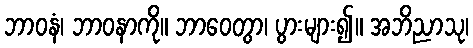
ဘာဝနံ၊ ဘာဝနာကို။ ဘာဝေတွာ၊ ပွားများ၍။ အဘိညာသု၊